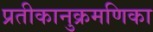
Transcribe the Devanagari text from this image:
प्रतीकानुक्रमणिका